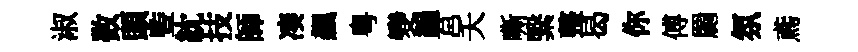
淑数頭䜿紞技師凑飆粤變韻莒夭嘶繄整曷你傅罽氛鳶